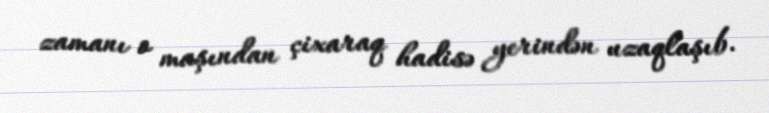
zamanı o maşından çixaraq hadisə yerindən uzaqlaşıb.